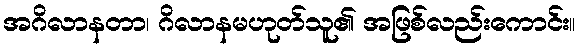
အဂိလာနတာ၊ ဂိလာနမဟုတ်သူ၏ အဖြစ်လည်းကောင်း။